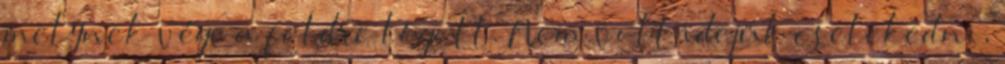
melynek vége a földre lógott. Nem volt idejük cselekedni,